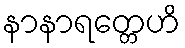
နာနာရတ္တေဟိ